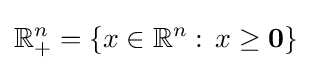
\mathbb {R} _{+}^{n}=\left\{x\in \mathbb {R} ^{n}:\,x\geq \mathbf {0} \right\}